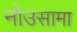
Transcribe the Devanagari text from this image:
नोउसामा